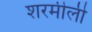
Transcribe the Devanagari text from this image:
शरमीली